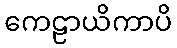
ကေဠာယိကာပိ